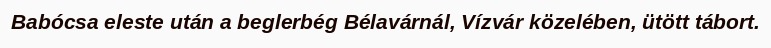
Babócsa eleste után a beglerbég Bélavárnál, Vízvár közelében, ütött tábort.